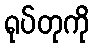
ရုပ်တုကို